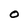
Character: O